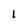
Character: I